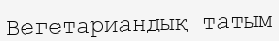
Вегетариандық татым